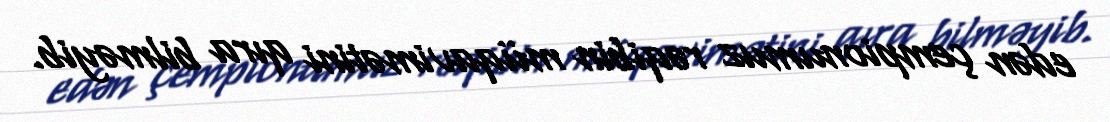
edən çempionumuz rəqibin müqavimətini qıra bilməyib.